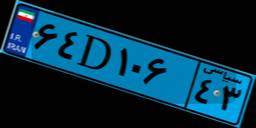
۶۴D۱۰۶۴۳